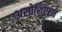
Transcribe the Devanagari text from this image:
असोशिएटने